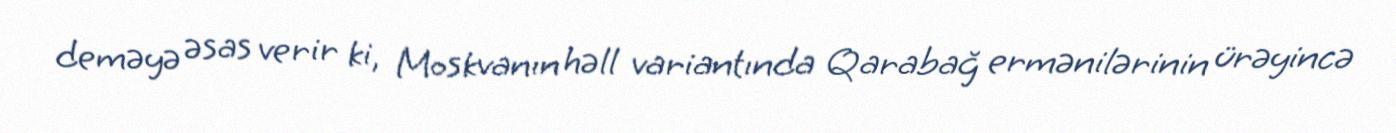
deməyə əsas verir ki, Moskvanın həll variantında Qarabağ ermənilərinin ürəyincə